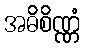
အဓိစိဏ္ဏံ